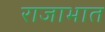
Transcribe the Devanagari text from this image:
राजाभात